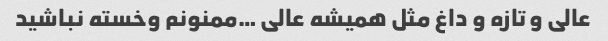
عالی و تازه و داغ مثل همیشه عالی …ممنونم وخسته نباشید